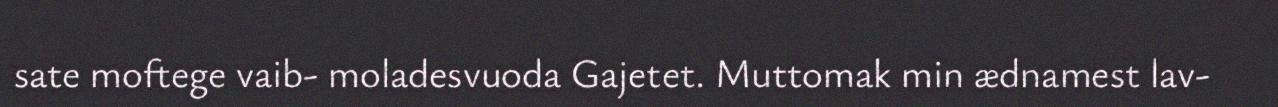
sate moftege vaib- moladesvuoda Gajetet. Muttomak min ædnamest lav-